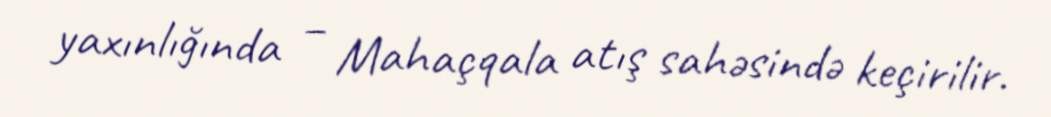
yaxınlığında – Mahaçqala atış sahəsində keçirilir.